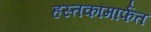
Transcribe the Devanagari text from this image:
हस्तकांमार्फत